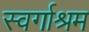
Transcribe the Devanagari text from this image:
स्‍वर्गाश्रम